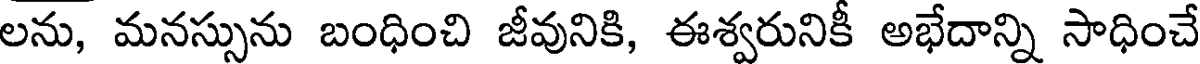
లను, మనస్సును బంధించి జీవునికి, ఈశ్వరునికీ అభేదాన్ని సాధించే